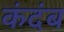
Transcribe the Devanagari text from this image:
कंदंब